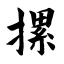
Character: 摞